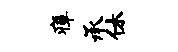
瘴承休